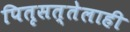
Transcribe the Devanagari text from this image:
पितृसत्तेलाही